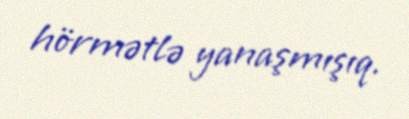
hörmətlə yanaşmışıq.